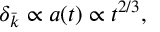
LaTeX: \delta _ { \bar { k } } \propto a ( t ) \propto t ^ { 2 / 3 } ,